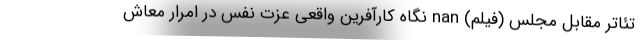
تئاتر مقابل مجلس (فیلم) nan نگاه کارآفرین واقعی عزت نفس در امرار معاش